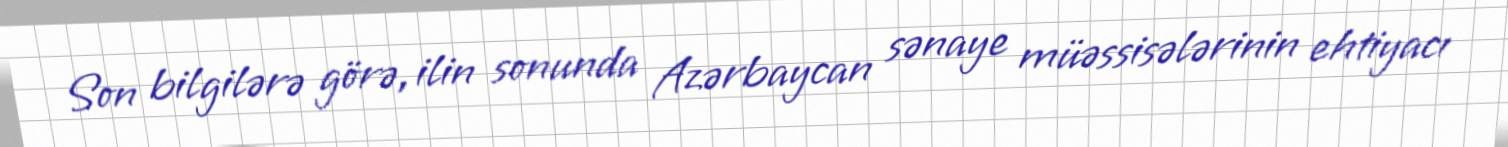
Son bilgilərə görə, ilin sonunda Azərbaycan sənaye müəssisələrinin ehtiyacı